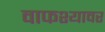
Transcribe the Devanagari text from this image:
वाफश्यावर